Annual statistical returns and brief notes on vaccination in Bengal - 1909-1929
Year: 1909
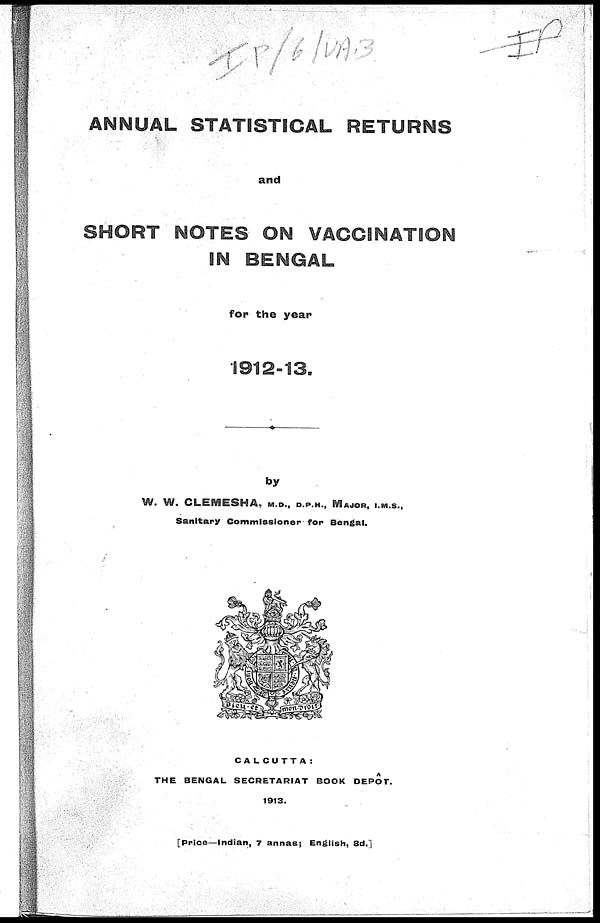
ANNUAL STATISTICAL RETURNS
and
SHORT NOTES ON VACCINATION
IN BENGAL
for the year
1912-13.
by
W. W. CLEMESHA, M.D., D.P.H., MAJOR, I.M.S.,
Sanitary Commissioner- for Bengal.
CALCUTTA:
THE BENGAL SECRETARIAT BOOK DEPÔT.
1913.
[Price—Indian, 7 annas; English, 8d.]